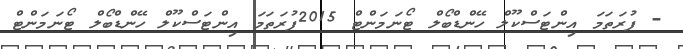
- ފުރަތަމަ އިންޓަސްކޫލް ހޭންޑްބޯލް ޓޯނަމަންޓް 2015ފުރަތަމަ އިންޓަސްކޫލް ހޭންޑްބޯލް ޓޯނަމަންޓް